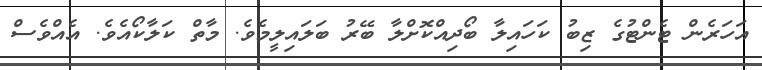
އަހަރެން ޓެންޓުގެ ޒިބު ކަހައިލާ ބޯދިއްކޮށްލާ ބޭރު ބަލައިލީމެވެ. މާތް ކަލާކޯއެވެ. އެއްވެސް